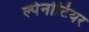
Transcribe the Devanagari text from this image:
ल्पेनोटियर